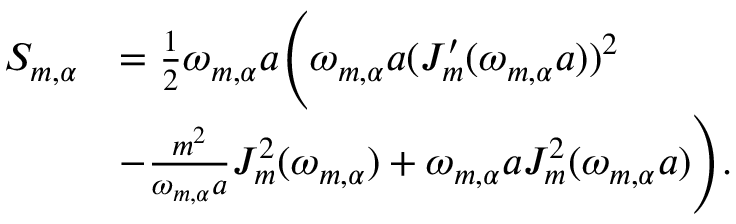
\begin{array} { r l } { S _ { m , \alpha } } & { = \frac { 1 } { 2 } \omega _ { m , \alpha } a \Bigg ( \omega _ { m , \alpha } a ( J _ { m } ^ { \prime } ( \omega _ { m , \alpha } a ) ) ^ { 2 } } \\ & { - \frac { m ^ { 2 } } { \omega _ { m , \alpha } a } J _ { m } ^ { 2 } ( \omega _ { m , \alpha } ) + \omega _ { m , \alpha } a J _ { m } ^ { 2 } ( \omega _ { m , \alpha } a ) \Bigg ) . } \end{array}